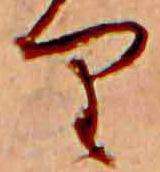
り